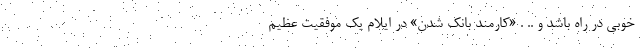
خوبی در راه باشد و .. . «کارمند بانک شدن» در ایلام یک موفقیت عظیم